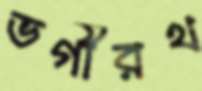
ভগীরথ